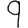
Digit: 9